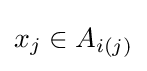
x_{j}\in A_{i(j)}